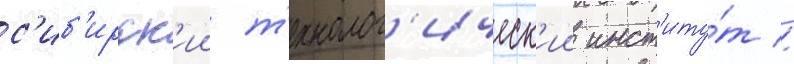
с'иб'ирск'ии т'ехнолог'ическ'ии инст'иту́т //